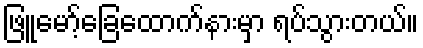
ဖြူမော့်ခြေထောက်နားမှာ ရပ်သွားတယ်။